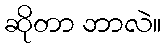
ဆိုတာ ဘာလဲ။